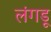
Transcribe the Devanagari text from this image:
लंगडू